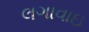
લગાવાઇ